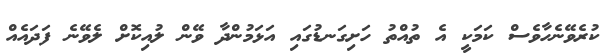
ކުރެވޭނެހާވެސް ކަމަކީ އެ ތުއްތު ހަށިގަނޑުގައި އަޅަމުންދާ ވޭން ލުއިކޮށް ލެވޭނެ ފަދައެއް